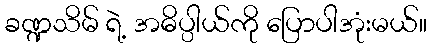
ခဏ္ဍသိမ် ရဲ့ အဓိပ္ပါယ်ကို ပြောပါအုံးမယ်။